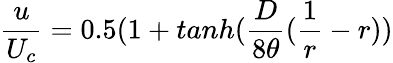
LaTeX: \frac{u}{U_{c}}=0.5(1+tanh(\frac{D}{8\theta}(\frac{1}{r}-r))